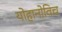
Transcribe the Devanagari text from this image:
योहानोविच